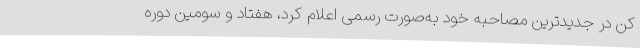
کن در جدیدترین مصاحبه خود به‌صورت رسمی اعلام کرد، هفتاد و سومین دوره